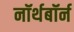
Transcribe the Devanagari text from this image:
नॉर्थबॉर्न